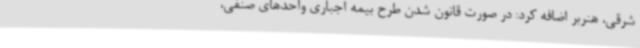
شرقی، هنربر اضافه کرد: در صورت قانون شدن طرح بیمه اجباری واحدهای صنفی،